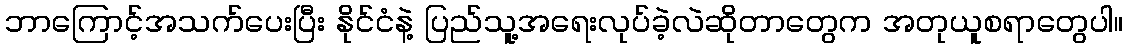
ဘာကြောင့်အသက်ပေးပြီး နိုင်ငံနဲ့ ပြည်သူ့အရေးလုပ်ခဲ့လဲဆိုတာတွေက အတုယူစရာတွေပါ။